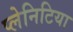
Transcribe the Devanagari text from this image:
प्लेनिटिया